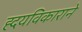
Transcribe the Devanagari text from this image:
ह्दयविकाराने